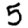
Digit: 5